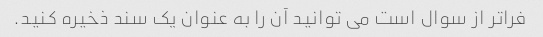
فراتر از سوال است می توانید آن را به عنوان یک سند ذخیره کنید.